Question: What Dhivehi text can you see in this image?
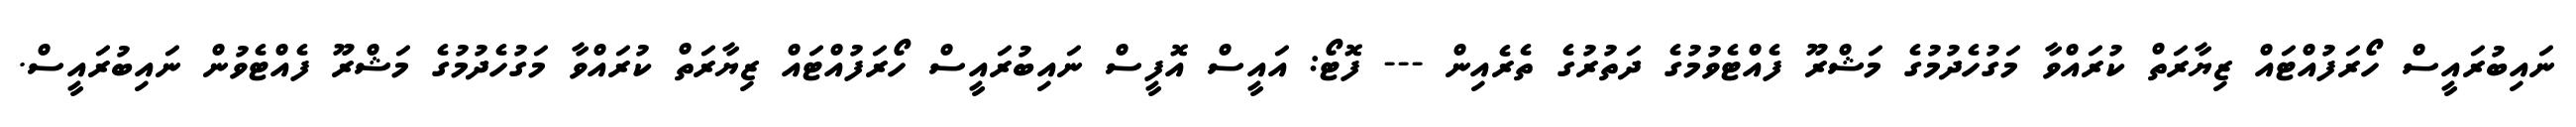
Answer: ނައިބުރައީސް ހޯރަފުއްޓައް ޒިޔާރަތް ކުރައްވާ މަގުހެދުމުގެ މަޝްރޫ ފެއްޓެވުމުގެ ދަތުރުގެ ތެރެއިން --- ފޮޓޯ: އައީސް އޮފީސް ނައިބުރައީސް ހޯރަފުއްޓައް ޒިޔާރަތް ކުރައްވާ މަގުހެދުމުގެ މަޝްރޫ ފެއްޓެވުން ނައިބުރައީސް.